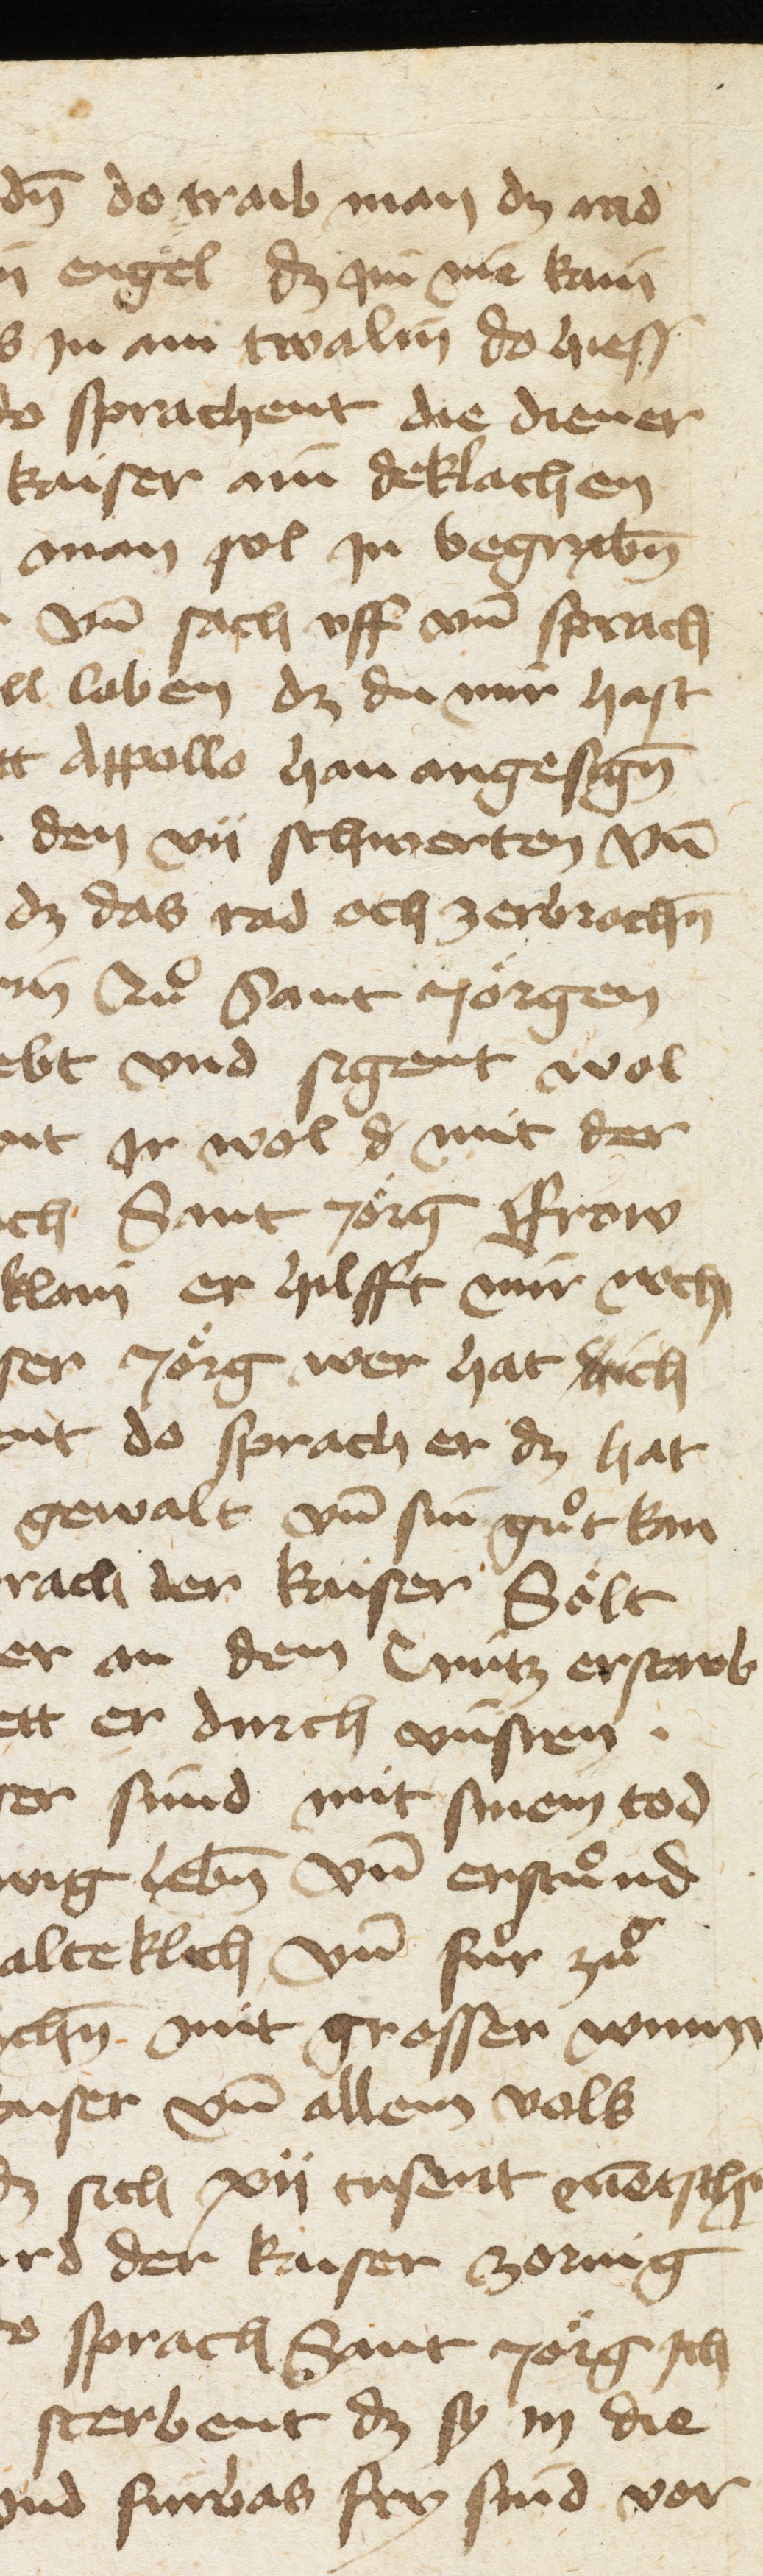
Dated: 1400–1499